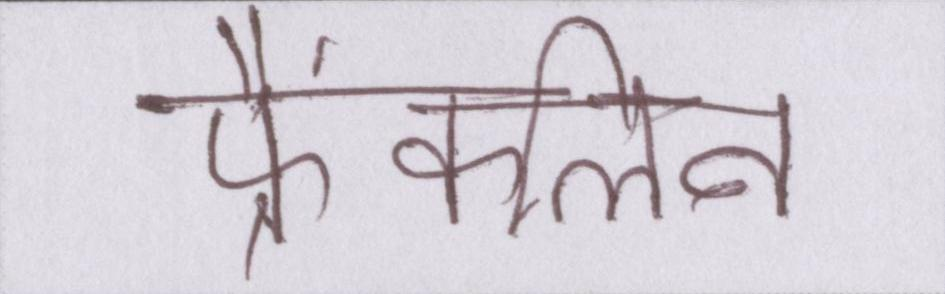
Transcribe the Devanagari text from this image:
फ्रैंकलिन